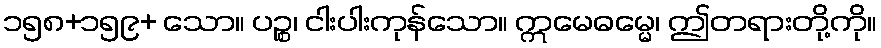
၁၅၈+၁၅၉+ သော။ ပဉ္စ၊ ငါးပါးကုန်သော။ ဣမေဓမ္မေ၊ ဤတရားတို့ကို။